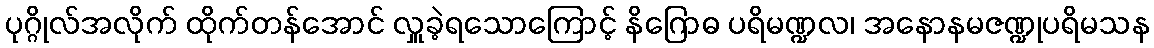
ပုဂ္ဂိုလ်အလိုက် ထိုက်တန်အောင် လှူခဲ့ရသောကြောင့် နိဂြောဓ ပရိမဏ္ဍလ၊ အနောနမဇဏ္ဍုပရိမသန